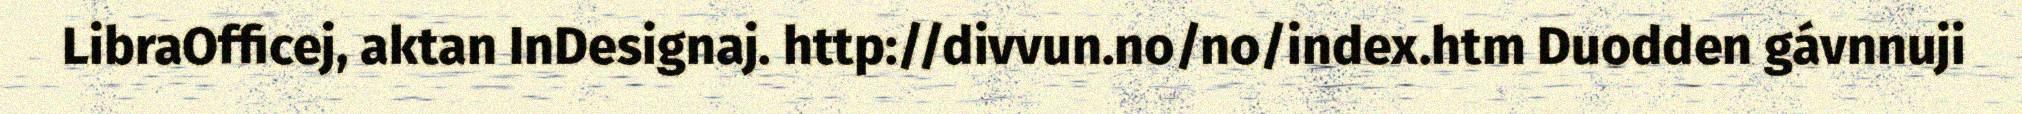
LibraOfficej, aktan InDesignaj. http://divvun.no/no/index.htm Duodden gávnnuji